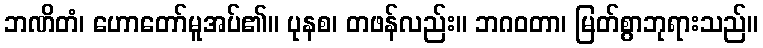
ဘဏိတံ၊ ဟောတော်မူအပ်၏။ ပုနစ၊ တဖန်လည်း။ ဘဂဝတာ၊ မြတ်စွာဘုရားသည်။